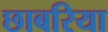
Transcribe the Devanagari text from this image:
छाबरिया